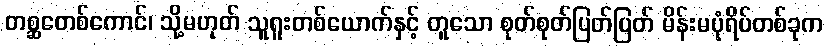
တစ္ဆတေစ်ကောင်၊ သို့မဟုတ် သူရူးတစ်ယောက်နှင့် တူသော စုတ်စုတ်ပြတ်ပြတ် မိန်းမပုံရိပ်တစ်ခုက